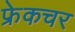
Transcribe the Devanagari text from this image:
फ्रेकचर